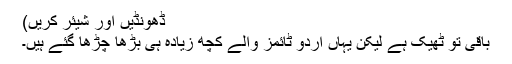
ڈھونڈیں اور شیئر کریں)
باقی تو ٹھیک ہے لیکن یہاں اردو ٹائمز والے کچھ زیادہ ہی بڑھا چڑھا گئے ہیں۔